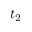
t _ { 2 }